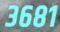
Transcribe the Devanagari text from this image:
३६८१